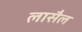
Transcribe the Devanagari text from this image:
लासैल